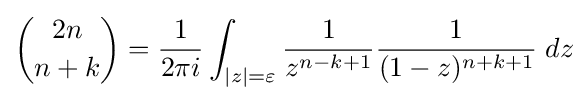
{2n \choose n+k}={\frac {1}{2\pi i}}\int _{|z|=\varepsilon }{\frac {1}{z^{n-k+1}}}{\frac {1}{(1-z)^{n+k+1}}}\;dz